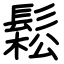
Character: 鬆